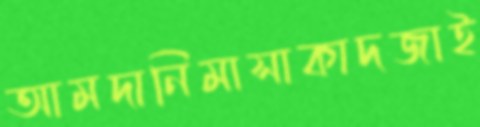
আমদানিমাসাকাদজাই